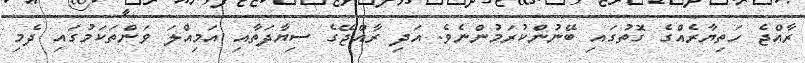
ރާއްޖެ ހަތިޔާރެއްގެ ގޮތުގައި ބޭނުންކުރަމުންނެވެ. އަދި ރާއްޖޭގެ ސިޔާދަތާއި އަމިއްލަ ވަންތަކަމުގައި ދެމި